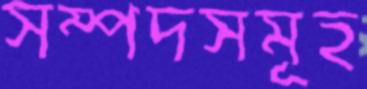
সম্পদসমূহ